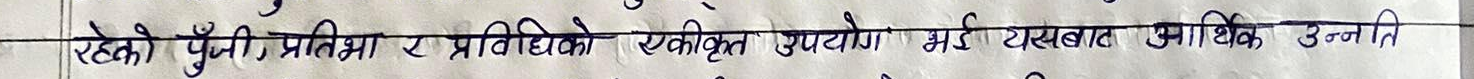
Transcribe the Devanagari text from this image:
रहेको पुँजी, प्रतिभा र प्रविधिको एकीकृत उपयोग गर्दै यसबाट आर्थिक उन्नति